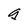
Character: g